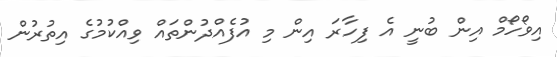
އިވޯހޯމް އިން ބުނީ އެ ފިހާރަ އިން މި އުފެއްދުންތައް ވިއްކުމުގެ އިތުރުން